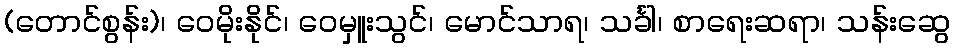
(တောင်စွန်း)၊ ဝေမိုးနိုင်၊ ဝေမှူးသွင်၊ မောင်သာရ၊ သင်္ခါ၊ စာရေးဆရာ၊ သန်းဆွေ